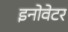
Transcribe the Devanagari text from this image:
इनोवेटर